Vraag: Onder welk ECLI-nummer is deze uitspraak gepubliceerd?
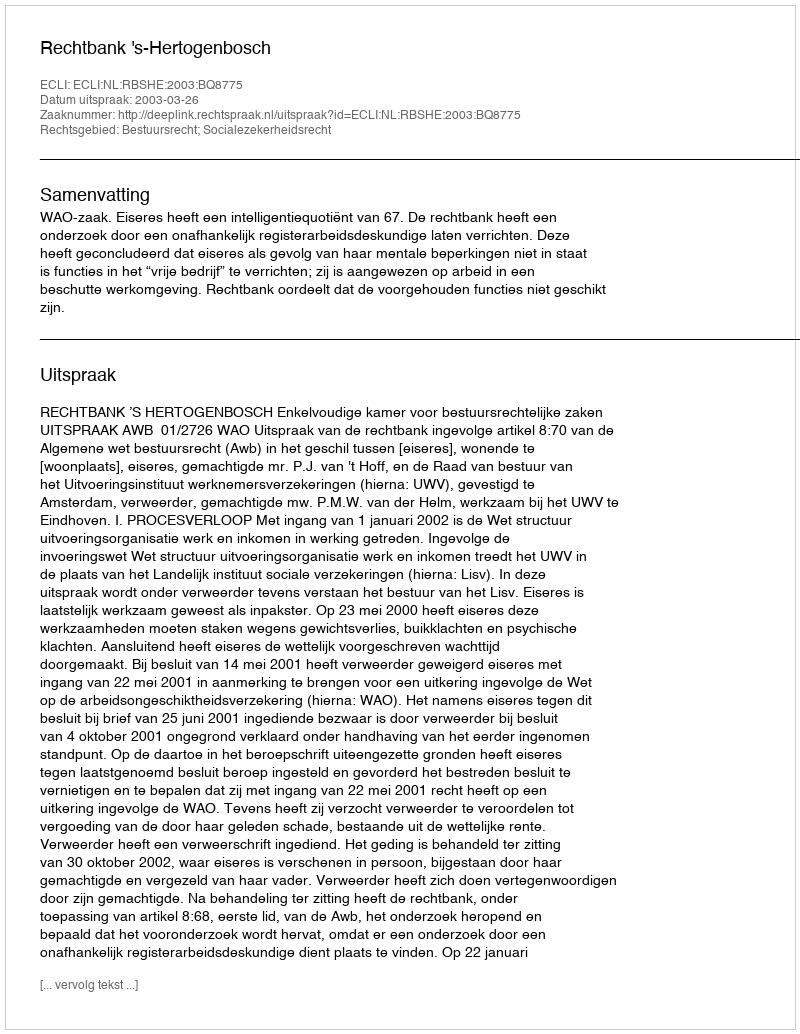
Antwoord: ECLI:NL:RBSHE:2003:BQ8775